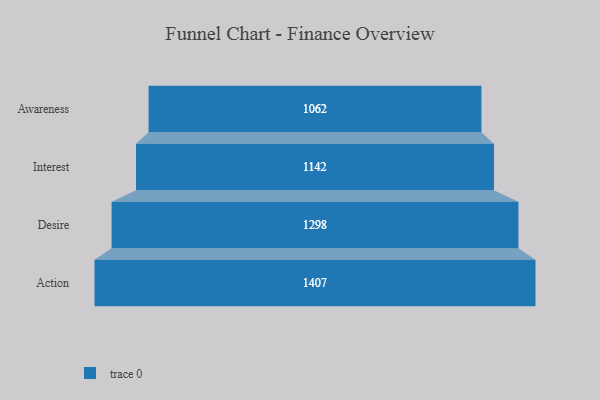
{"axis": {"x": "Stage", "y": "Value"}, "legend": [""], "data": [{"x": "Awareness", "y": 1062.0, "type": ""}, {"x": "Interest", "y": 1142.0, "type": ""}, {"x": "Desire", "y": 1298.0, "type": ""}, {"x": "Action", "y": 1407.0, "type": ""}]}